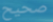
صحيح